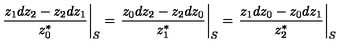
\left. { \frac { z _ { 1 } d z _ { 2 } - z _ { 2 } d z _ { 1 } } { z _ { 0 } ^ { * } } } \right| _ { S } = \left. { \frac { z _ { 0 } d z _ { 2 } - z _ { 2 } d z _ { 0 } } { z _ { 1 } ^ { * } } } \right| _ { S } = \left. { \frac { z _ { 1 } d z _ { 0 } - z _ { 0 } d z _ { 1 } } { z _ { 2 } ^ { * } } } \right| _ { S }